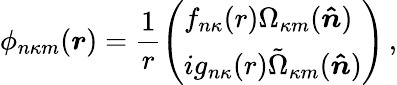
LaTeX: \phi_{n\kappa m}(\boldsymbol{r})=\frac{1}{r}\left(\begin{array}{l}{f_{n\kappa}{(r)}\Omega_{\kappa m}{(\boldsymbol{\hat{n}})}}\\ {ig_{n\kappa}{(r)}\tilde{\Omega}_{\kappa m}{(\boldsymbol{\hat{n}})}}\end{array}\right)\, ,